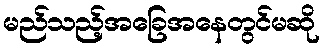
မည်သည့်အခြေအနေတွင်မဆို